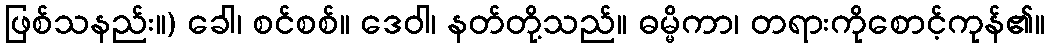
ဖြစ်သနည်း။) ခေါ၊ စင်စစ်။ ဒေဝါ၊ နတ်တို့သည်။ ဓမ္မိကာ၊ တရားကိုစောင့်ကုန်၏။